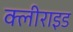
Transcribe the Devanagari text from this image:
क्लीराइड